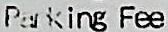
PARKING FEE